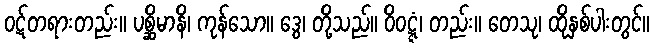
ဝဋ်တရားတည်း။ ပစ္ဆိမာနိ၊ ကုန်သော။ ဒွေ၊ တို့သည်။ ဝိဝဋ္ဋံ၊ တည်း။ တေသု၊ ထိုနှစ်ပါးတွင်။